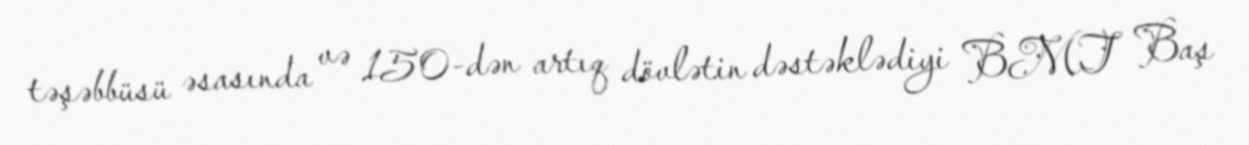
təşəbbüsü əsasında və 150-dən artıq dövlətin dəstəklədiyi BMT Baş